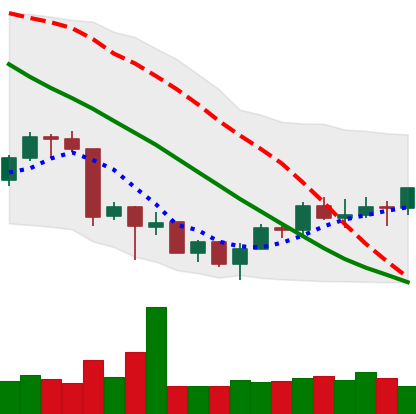
Ticker: ETH-USD
Chart end date: 2018-07-07
Forward return: -12.526%
Label: down_7plus